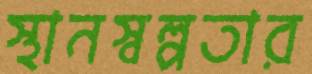
স্থানস্বল্পতার